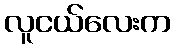
လူငယ်လေးက